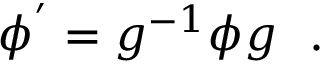
\phi ^ { ' } = g ^ { - 1 } \phi g \ \ .